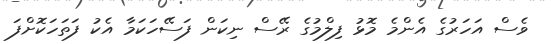
ވެސް އަހަރުގެ އެންމެ މޮޅު ފިލްމުގެ ރޭސް ނިކަން ފަސޭހަކަމާ އެކު ފަތަހަކޮށްފަ